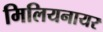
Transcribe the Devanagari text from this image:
मिलियनायर